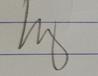
Signature authenticity: genuine